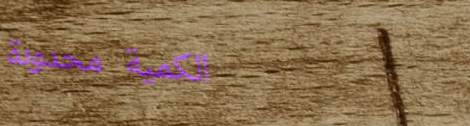
الكمية محدودة